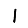
Digit: 1